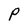
Character: P